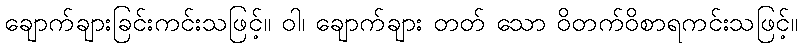
ချောက်ချားခြင်းကင်းသဖြင့်။ ဝါ၊ ချောက်ချား တတ် သော ဝိတက်ဝိစာရကင်းသဖြင့်။